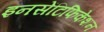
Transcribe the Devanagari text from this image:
इनसेंटिफिकेशन